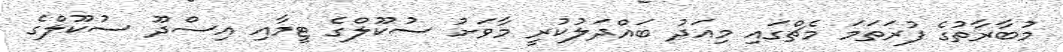
މުބާރާތުގެ ފުރަތަމަ މެޗްގައި މިއަދު ބައްދަލުކުރީ މާވަށު ސުކޫލްގެ ޓީމާއި އިސްދޫ ސުކޫލްގެ